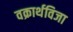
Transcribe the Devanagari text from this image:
वक्रार्थविजा